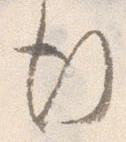
行